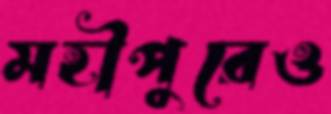
মহীপুরেও